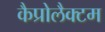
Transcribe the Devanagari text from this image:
कैप्रोलैक्टम